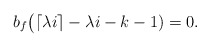
\begin{align*}b_f\big(\lceil \lambda i\rceil-\lambda i-k-1)=0. \end{align*}